Document type: Sale
Year: 1323
Scribe: Guillem Coscoll
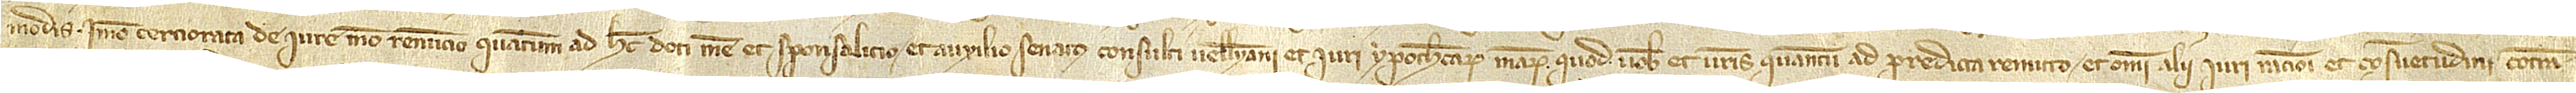
modis. Immo, cerciorata de iure meo, renuncio quantum ad hec doti mee et sponsalicio et auxilio senatus consulti Velleyani et iuri ypothecarum mearum, quod vobis et vestris quantum ad predicta remitto, et omni alii iuri, rationi et consuetudini contra